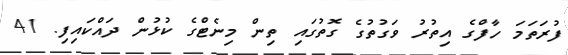
ފުރަތަމަ ހާފްގެ އިތުރު ވަގުތުގެ ގޮތުގައި ތިން މިނެޓްގެ ކުޅުން ދައްކައިފި. 41